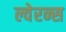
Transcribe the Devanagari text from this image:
ल्वेरन्स